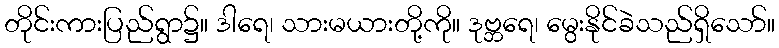
တိုင်းကားပြည်ရွာ၌။ ဒါရေ၊ သားမယားတို့ကို။ ဒုဗ္ဘရေ၊ မွေးနိုင်ခဲသည်ရှိသော်။